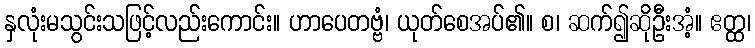
နှလုံးမသွင်းသဖြင့်လည်းကောင်း။ ဟာပေတဗ္ဗံ၊ ယုတ်စေအပ်၏။ စ၊ ဆက်၍ဆိုဦးအံ့။ ဧတ္ထ၊